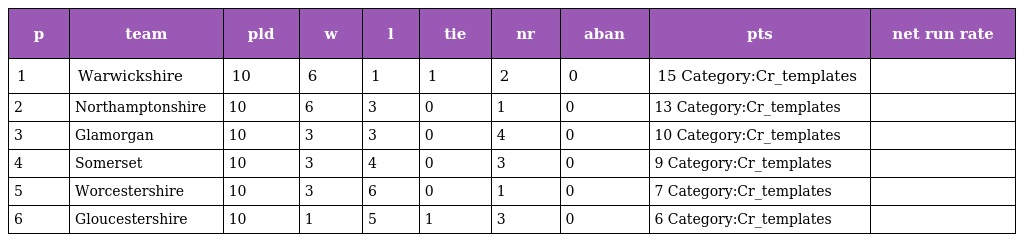
| p | team | pld | w | l | tie | nr | aban | pts | net run rate |
 | --- | --- | --- | --- | --- | --- | --- | --- | --- | --- |
 | 1 | Warwickshire | 10 | 6 | 1 | 1 | 2 | 0 | 15 Category:Cr_templates |  |
 | 2 | Northamptonshire | 10 | 6 | 3 | 0 | 1 | 0 | 13 Category:Cr_templates |  |
 | 3 | Glamorgan | 10 | 3 | 3 | 0 | 4 | 0 | 10 Category:Cr_templates |  |
 | 4 | Somerset | 10 | 3 | 4 | 0 | 3 | 0 | 9 Category:Cr_templates |  |
 | 5 | Worcestershire | 10 | 3 | 6 | 0 | 1 | 0 | 7 Category:Cr_templates |  |
 | 6 | Gloucestershire | 10 | 1 | 5 | 1 | 3 | 0 | 6 Category:Cr_templates |  |